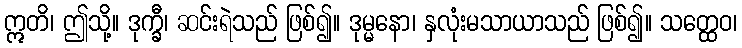
ဣတိ၊ ဤသို့။ ဒုက္ခီ၊ ဆင်းရဲသည် ဖြစ်၍။ ဒုမ္မနော၊ နှလုံးမသာယာသည် ဖြစ်၍။ သတ္ထေဝ၊